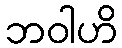
ဘဝါဟိ